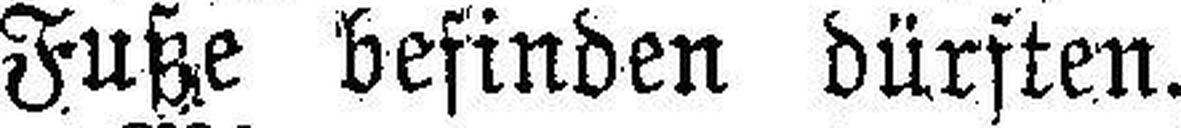
Fuße befinden dürften.